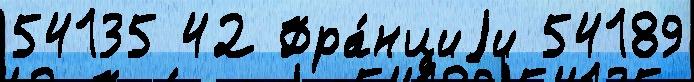
54135 42 Фра́нциjи 54189